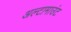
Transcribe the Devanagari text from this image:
अल्टामाउंट